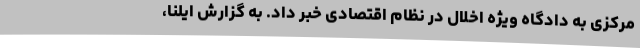
مرکزی به دادگاه ویژه اخلال در نظام اقتصادی خبر داد. به گزارش ایلنا،